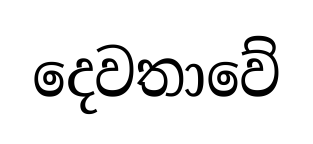
දෙවතාවේ